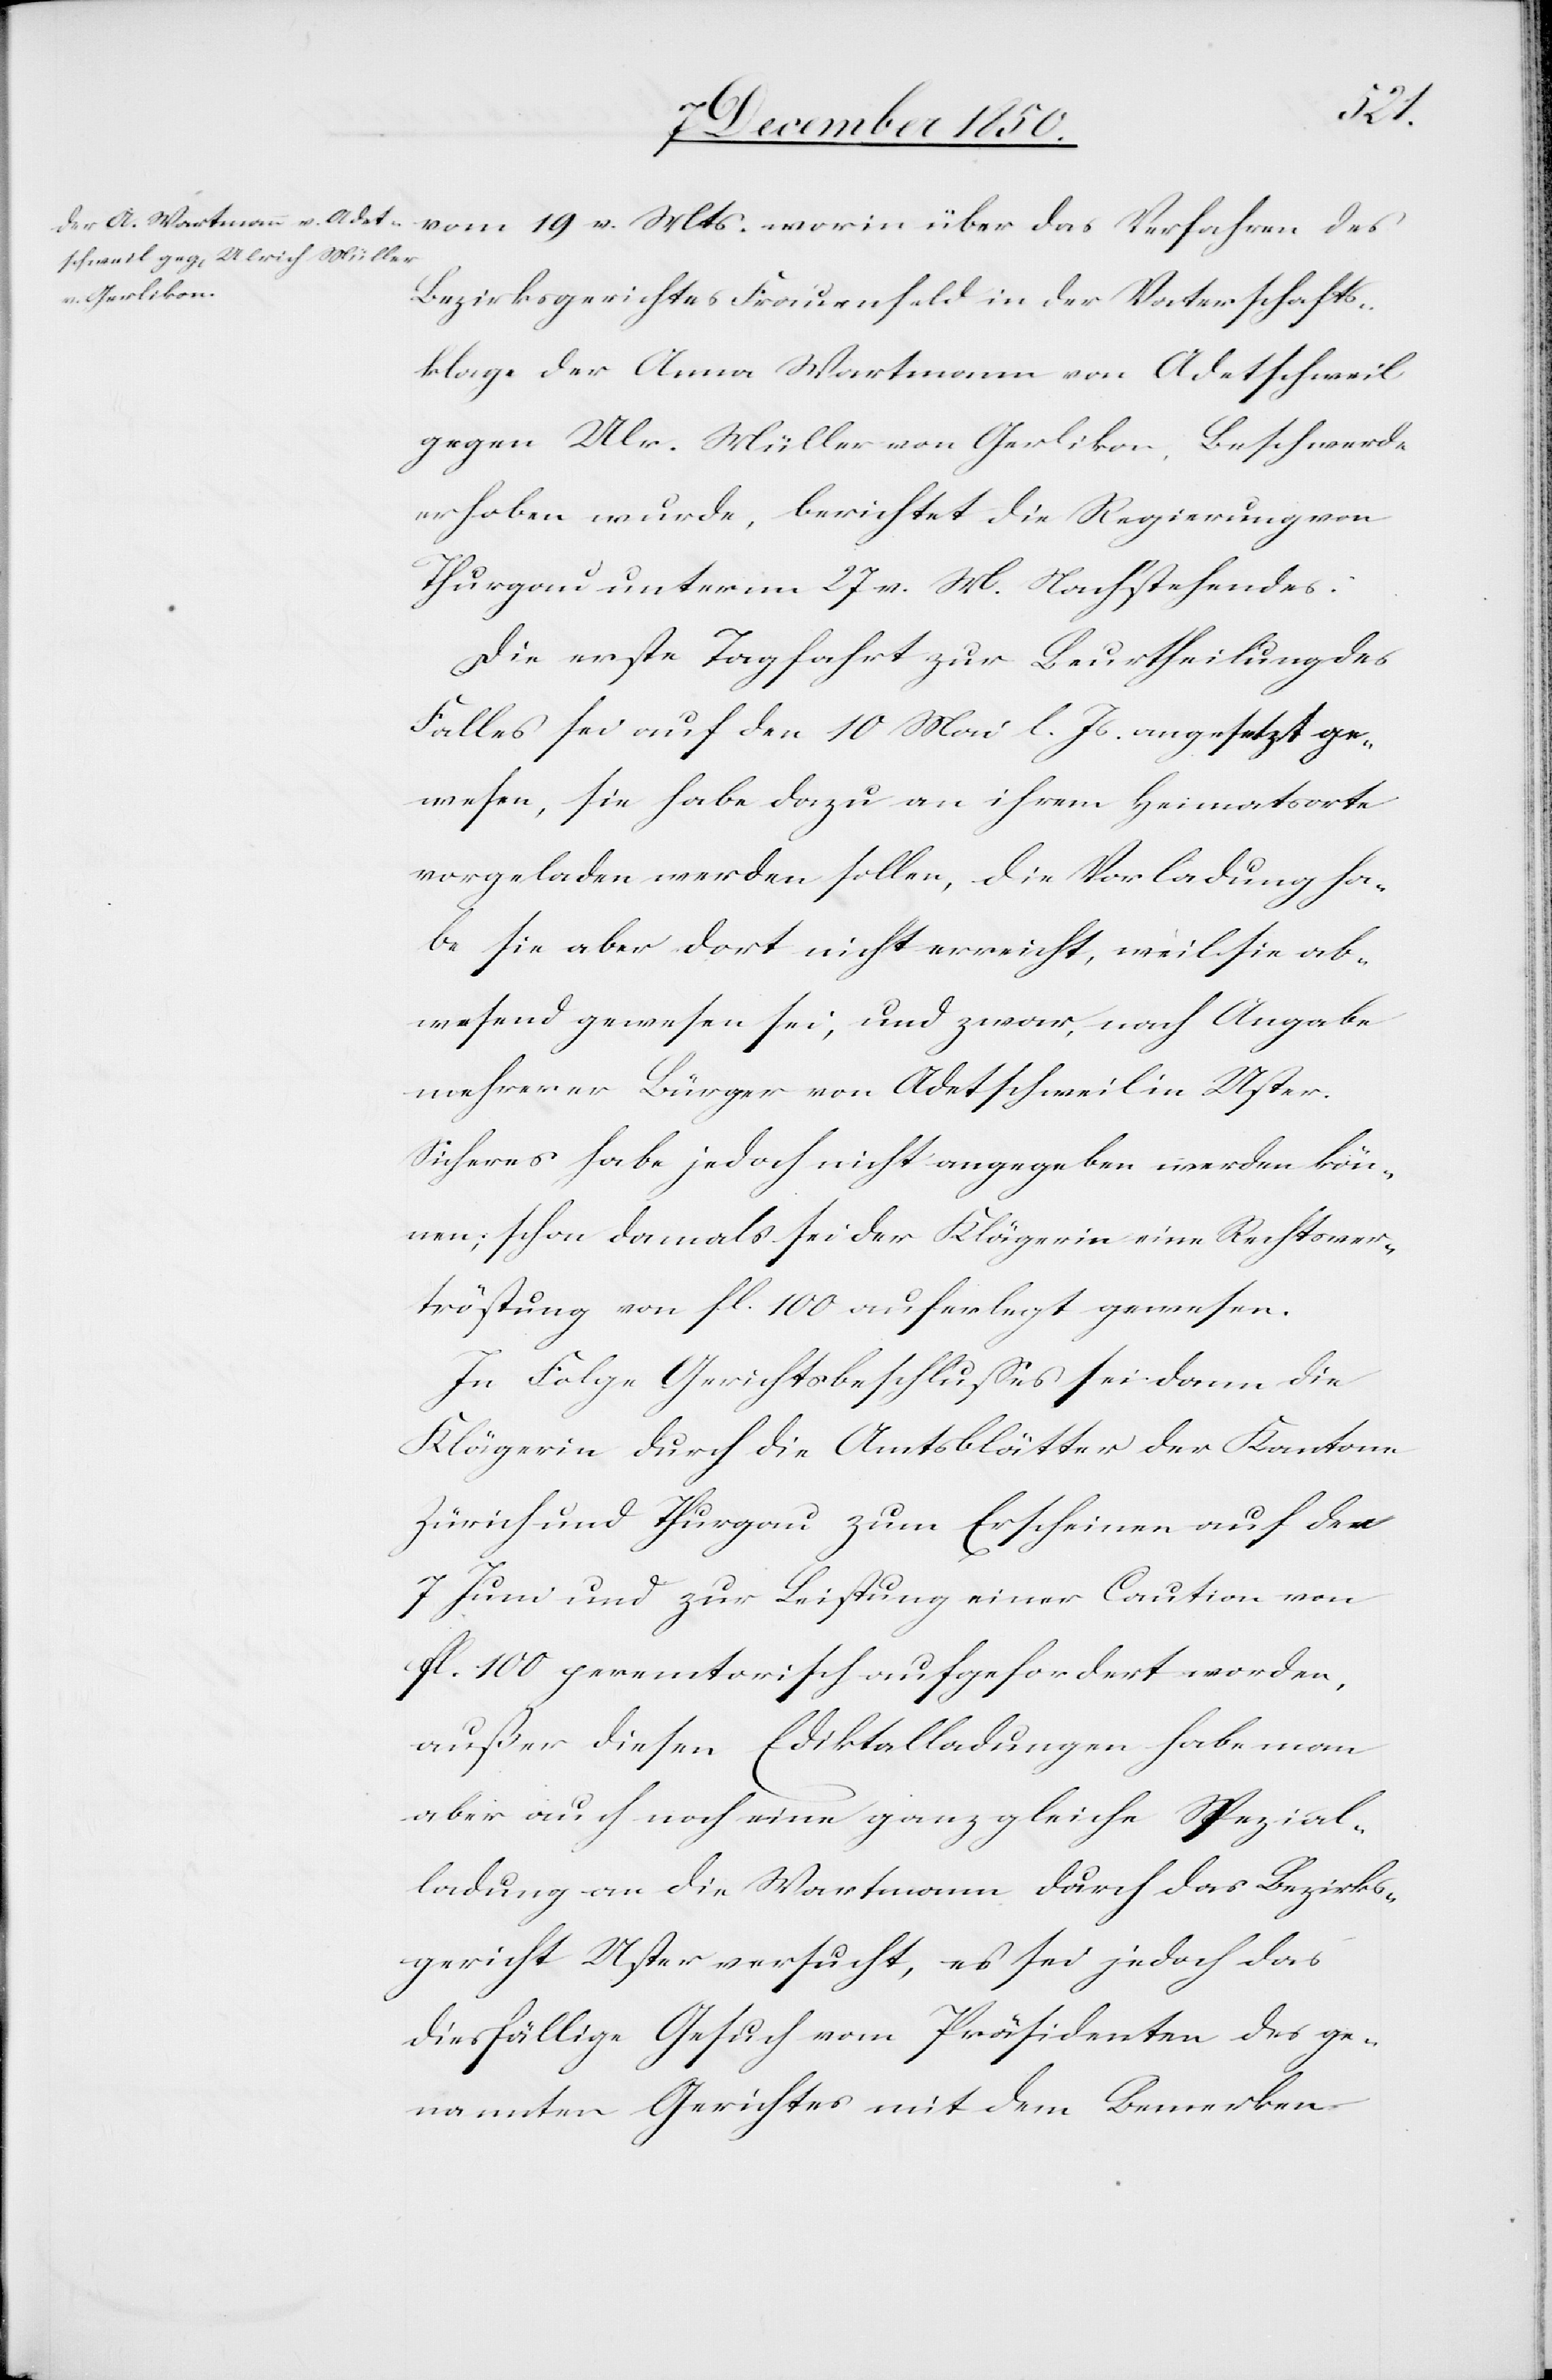
vom 19 v. Mts. worin über das Verfahren des
Bezirksgerichtes Frauenfeld in der Vaterschafts¬
klage der Anna Wartmann von Adetschweil
gegen Ulr. Müller von Gerlikon, Beschwerde
erhoben wurde, berichtet die Regierung von
Thurgau unterm 27 v. M. Nachstehendes:
Die erste Tagfahrt zur Beurtheilung des
Falles sei auf den 10 Mai l. Js. angesetzt ge¬
wesen, sie habe dazu an ihrem Heimatsorte
vorgeladen werden sollen, die Vorladung ha¬
be sie aber dort nicht erreicht, weil sie ab¬
wesend gewesen sei, und zwar, nach Angabe
mehrerer Bürger von Adetschweil in Uster.
Sicheres habe jedoch nicht angegeben werden kön¬
nen; schon damals sei der Klägerin eine Rechtsver¬
tröstung von fl. 100 auferlegt gewesen.
In Folge Gerichtsbeschlusses sei dann die
Klägerin durch die Amtsblätter der Kantone
Zürich und Thurgau zum Erscheinen auf den
7 Juni und zur Leistung einer Caution von
fl. 100 peremtorisch aufgefordert worden,
außer diesen Ediktalladungen habe man
aber auch noch eine ganz gleiche Spezial¬
ladung an die Wartmann durch das Bezirks¬
gericht Uster versucht, es sei jedoch das
diesfällige Gesuch vom Präsidenten des ge¬
nannten Gerichtes mit dem Bemerken